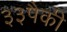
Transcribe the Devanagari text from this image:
३३पैकी